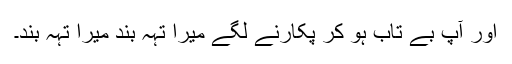
اور آپؐ بے تاب ہو کر پکارنے لگے میرا تہہ بند میرا تہہ بند۔